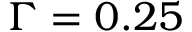
\Gamma = 0 . 2 5